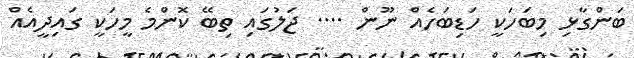
ބަންގާޅި މިބަހަކީ ހަޑިބަހެއް ނޫން .... ޖަލުގައި ތިބޭ ކޮންމެ މީހަކީ ގައިދީއެއް